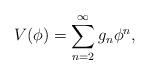
LaTeX: \begin{align*}V(\phi) = \sum_{n=2}^{\infty} g_{n} \phi^{n}, \end{align*}